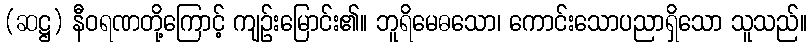
(ဆဋ္ဌ) နီဝရဏတို့ကြောင့် ကျဉ်းမြောင်း၏။ ဘူရိမေဓသော၊ ကောင်းသောပညာရှိသော သူသည်။